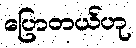
ပြောတယ်ဟု